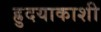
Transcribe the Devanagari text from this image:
ह्रुदयाकाशी